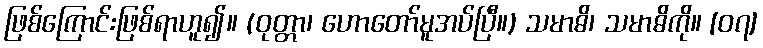
ဖြစ်ကြောင်းဖြစ်ရာဟူ၍။ (ဝုတ္တာ၊ ဟောတော်မူအပ်ပြီ။) သမာဓိ၊ သမာဓိကို။ [၀၇]